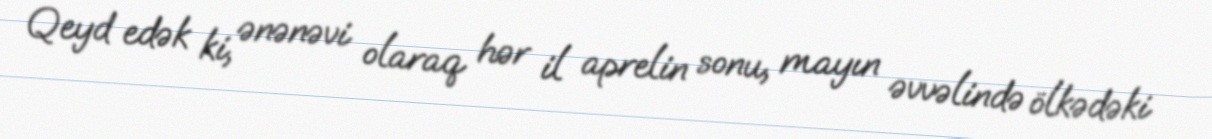
Qeyd edək ki, ənənəvi olaraq hər il aprelin sonu, mayın əvvəlində ölkədəki